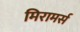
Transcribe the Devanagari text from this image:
मिरामर्स